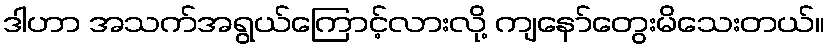
ဒါဟာ အသက်အရွယ်ကြောင့်လားလို့ ကျနော်တွေးမိသေးတယ်။